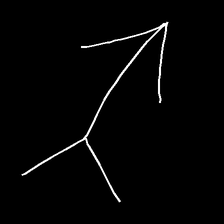
Glyph: gather